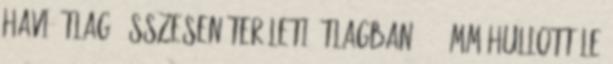
havi átlag. Összesen területi átlagban 60,4 mm hullott le